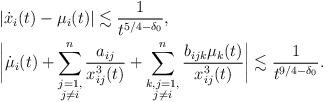
LaTeX: \begin{align*}&|\dot{x}_i(t)-\mu_i(t)|\lesssim\frac{1}{t^{5/4-\delta_0}},\\&\bigg|\dot{\mu}_i(t)+\sum^n_{\substack{j=1,\\j\not=i}}\frac{a_{ij}}{x^3_{ij}(t)}+\sum^n_{\substack{k,j=1,\\j\not=i}}\frac{b_{ijk}\mu_k(t)}{x^3_{ij}(t)}\bigg|\lesssim \frac{1}{t^{9/4-\delta_0}}.\end{align*}